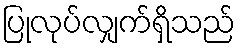
ပြုလုပ်လျှက်ရှိသည်